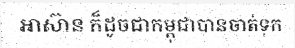
អាស៊ាន ក៏ដូចជាកម្ពុជាបានចាត់ទុក